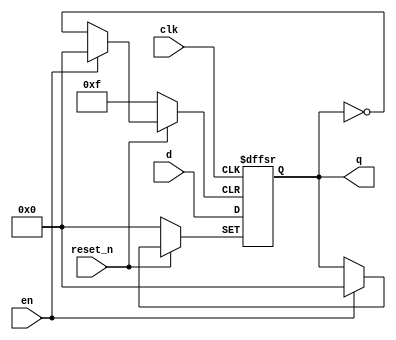

module dff(clk, d, reset_n, en, q);

input [3:0] d;
input clk, reset_n, en;
output reg [3:0] q;

always@(posedge clk or negedge reset_n or negedge en)
begin
	if (!reset_n) q <= 0;
	else if(!en) q <= q;
	else if(clk) q <= d;
	else q <= q;
end

endmodule